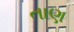
તાણ